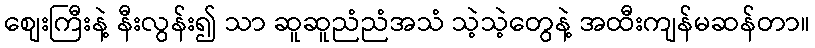
စျေးကြီးနဲ့ နီးလွန်း၍ သာ ဆူဆူညံညံအသံ သဲ့သဲ့တွေနဲ့ အထီးကျန်မဆန်တာ။